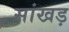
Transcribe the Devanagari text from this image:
सांखड़